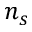
n _ { s }